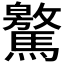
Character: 𩦨